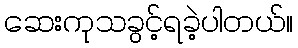
ဆေးကုသခွင့်ရခဲ့ပါတယ်။